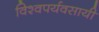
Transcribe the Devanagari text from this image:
विश्वपर्यवसायी